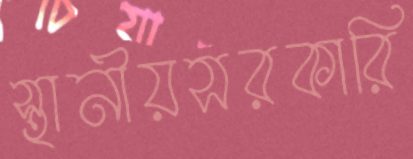
স্থানীয়সরকারি